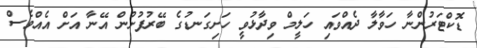
ޑޮކްޓަރުންނާ ހަވާލާ ދެއްވައި ހަލީމް ވިދާޅުވީ ހަށިގަނޑުގެ ބޭރުފުށުން އޭނާ އަށް އެއްވެސް